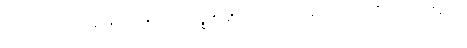
တည်ကြည်သောသဘော ရှိသောပုဂ္ဂိုလ်ဟူ၍။ ဝုစ္စတိ၊ ဆိုအပ်၏။ ယောပုဂ္ဂလော၊ အကြင်ပုဂ္ဂိုလ်သည်။ တိဏ္ဏော၊